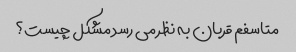
متاسفم قربان به نظر می رسد مشکل چیست؟